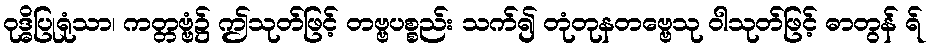
ဝုဒ္ဓိပြုရုံသာ၊ ကတ္တဗ္ဗံ၌ ဤသုတ်ဖြင့် တဗ္ဗပစ္စည်း သက်၍ တုံတုနတဗ္ဗေသု ဝါသုတ်ဖြင့် ဓာတွန် ရ်